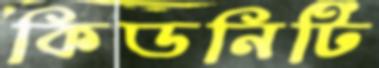
কিডনিটি